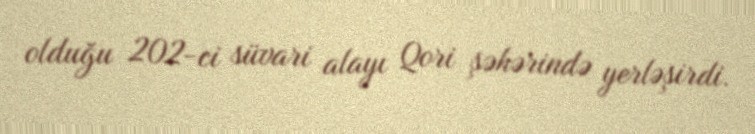
olduğu 202-ci süvari alayı Qori şəhərində yerləşirdi.